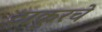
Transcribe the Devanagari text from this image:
ठाकूरचे